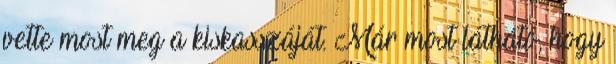
vette most meg a kiskasszáját. Már most látható, hogy